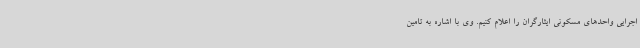
اجرایی واحدهای مسکونی ایثارگران را اعلام کنیم. وی با اشاره به تامین